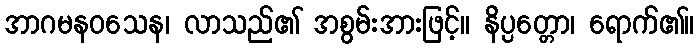
အာဂမနဝသေန၊ လာသည်၏ အစွမ်းအားဖြင့်။ နိပ္ပတ္တော၊ ရောက်၏။